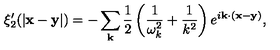
\xi _ { 2 } ^ { \prime } ( | { \bf x - y } | ) = - \sum _ { \bf k } \frac { 1 } { 2 } \left( \frac { 1 } { \omega _ { k } ^ { 2 } } + \frac { 1 } { k ^ { 2 } } \right) e ^ { i { \bf k \cdot ( x - y ) } } ,